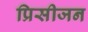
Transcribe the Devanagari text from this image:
प्रिसीजन